Annual report of the Imperial Bacteriologist
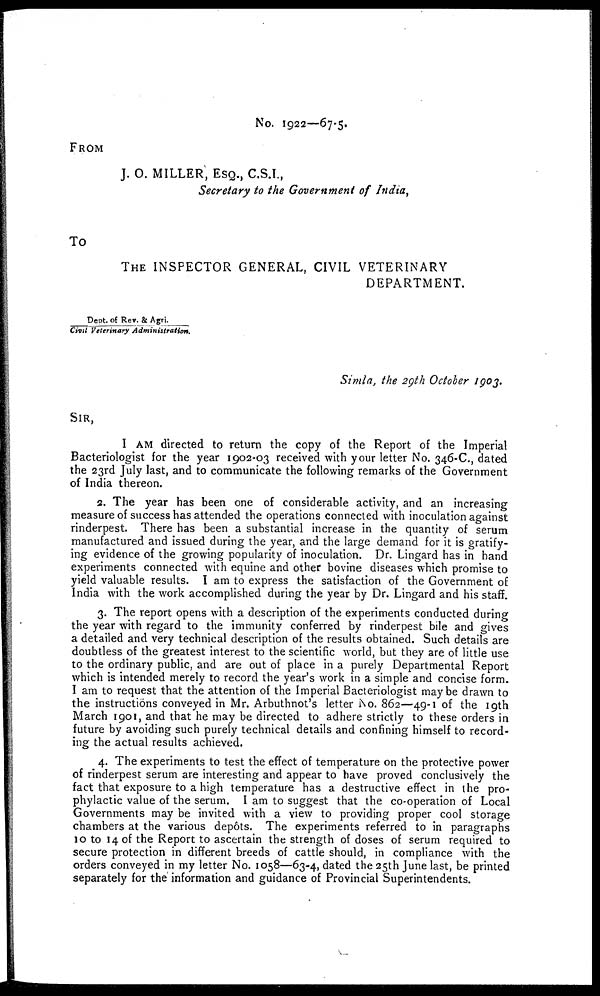
No. 1922—67.5.
FROM
J. O. MILLER, ESQ., C.S.I.,
Secretary to the Government of India,
TO
THE INSPECTOR GENERAL, CIVIL VETERINARY
DEPARTMENT.
Dept. of Rev. & Agri.
Civil Veterinary Administration.
Simla, the 29th October 1903.
SIR,
I AM directed to return the copy of the Report of the Imperial
Bacteriologist for the year 1902-03 received with your letter No. 346-C., dated
the 23rd July last, and to communicate the following remarks of the Government
of India thereon.
2. The year has been one of considerable activity, and an increasing
measure of success has attended the operations connected with inoculation against
rinderpest. There has been a substantial increase in the quantity of serum
manufactured and issued during the year, and the large demand for it is gratify-
ing evidence of the growing popularity of inoculation. Dr. Lingard has in hand
experiments connected with equine and other bovine diseases which promise to
yield valuable results. I am to express the satisfaction of the Government of
India with the work accomplished during the year by Dr. Lingard and his staff.
3. The report opens with a description of the experiments conducted during
the year with regard to the immunity conferred by rinderpest bile and gives
a detailed and very technical description of the results obtained. Such details are
doubtless of the greatest interest to the scientific world, but they are of little use
to the ordinary public, and are out of place in a purely Departmental Report
which is intended merely to record the year's work in a simple and concise form.
I am to request that the attention of the Imperial Bacteriologist maybe drawn to
the instructions conveyed in Mr. Arbuthnot's letter No. 86 2 —49-1 of the 19th
March 1901, and that he may be directed to adhere strictly to these orders in
future by avoiding such purely technical details and confining himself to record-
ing the actual results achieved.
4. The experiments to test the effect of temperature on the protective power
of rinderpest serum are interesting and appear to have proved conclusively the
fact that exposure to a high temperature has a destructive effect in the pro-
phylactic value of the serum. I am to suggest that the co-operation of Local
Governments may be invited with a view to providing proper cool storage
chambers at the various depôts. The experiments referred to in paragraphs
10 to 14 of the Report to ascertain the strength of doses of serum required to
secure protection in different breeds of cattle should, in compliance with the
orders conveyed in my letter No. 1058—63-4, dated the 25th June last, be printed
separately for the information and guidance of Provincial Superintendents.